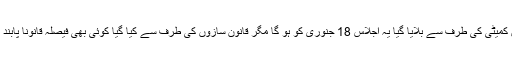
ایوان زیریں کی پٹیشن کمیٹی کی طرف سے بلایا گیا یہ اجلاس 18 جنوری کو ہو گا مگر قانون سازوں کی طرف سے کیا گیا کوئی بھی فیصلہ قانوناً پابند کرنے والا نہیں ہو گا۔